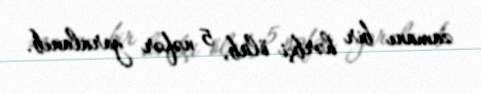
zamanı bir hərbçi ölüb, 5 nəfər yaralanıb.